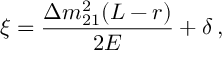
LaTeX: \xi = \frac { \Delta m _ { 2 1 } ^ { 2 } ( L - r ) } { 2 E } + \delta \, ,